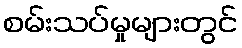
စမ်းသပ်မှုများတွင်